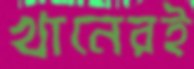
খানেরই